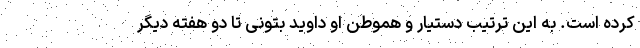
کرده است. به این ترتیب دستیار و هموطن او داوید بتونی تا دو هفته دیگر